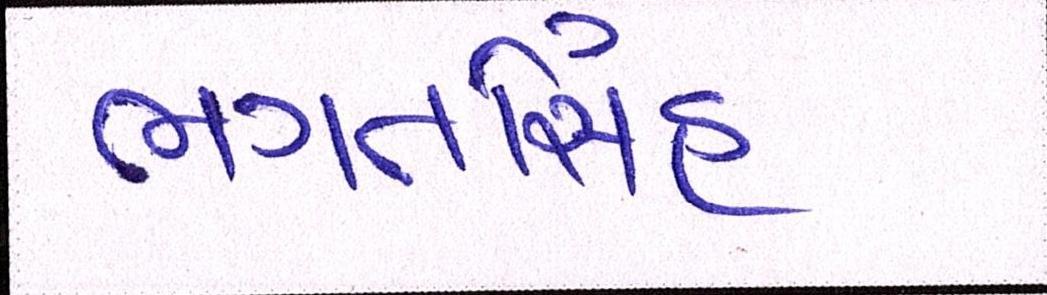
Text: ભગતસિંહ